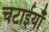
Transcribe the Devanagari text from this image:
चटाईयाँ